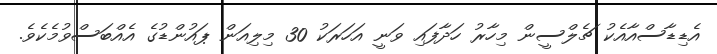
އެޑިޑާސްއާއެކު ޗެލްސީން މިހާރު ހަދާފައި ވަނީ އަހަރަކު 30 މިލިއަން ޕައުންޑުގެ އެއްބަސްވުމެކެވެ.